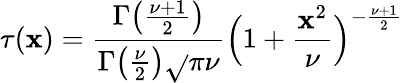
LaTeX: \tau(\mathbf{x})={\frac{{\Gamma{\bigl(}{\frac{{\nu+1}}{{2}}}{\bigr)}}}{{\Gamma{\bigl(}{\frac{{\nu}}{{2}}}{\bigr)}{\sqrt{}{{\pi\nu}}}}}}{\Bigl(}1+{\frac{{\mathbf{x}^{2}}}{{\nu}}}{\Bigr)}^{-{\frac{{\nu+1}}{{2}}}}